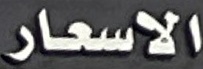
الاسعار